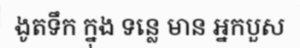
ងូតទឹក ក្នុង ទន្លេ មាន អ្នកបួស